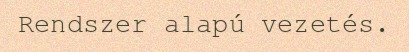
Rendszer alapú vezetés.